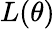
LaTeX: L(\theta)